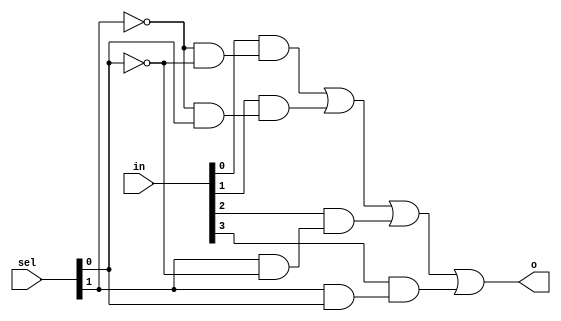
module m4_1 (
    input [3:0] in,
    input [1:0] sel,
    output o
    );
assign o = (in[0] & (~sel[1] & ~sel[0])) | //when these two are 0, whole thing is 1 (thats our condition)
    (in[1] & (~sel[1] & sel[0])) |
    (in[2] & (sel[1] & ~sel[0])) |
    (in[3] & (sel[1] & sel[0]));
endmodule